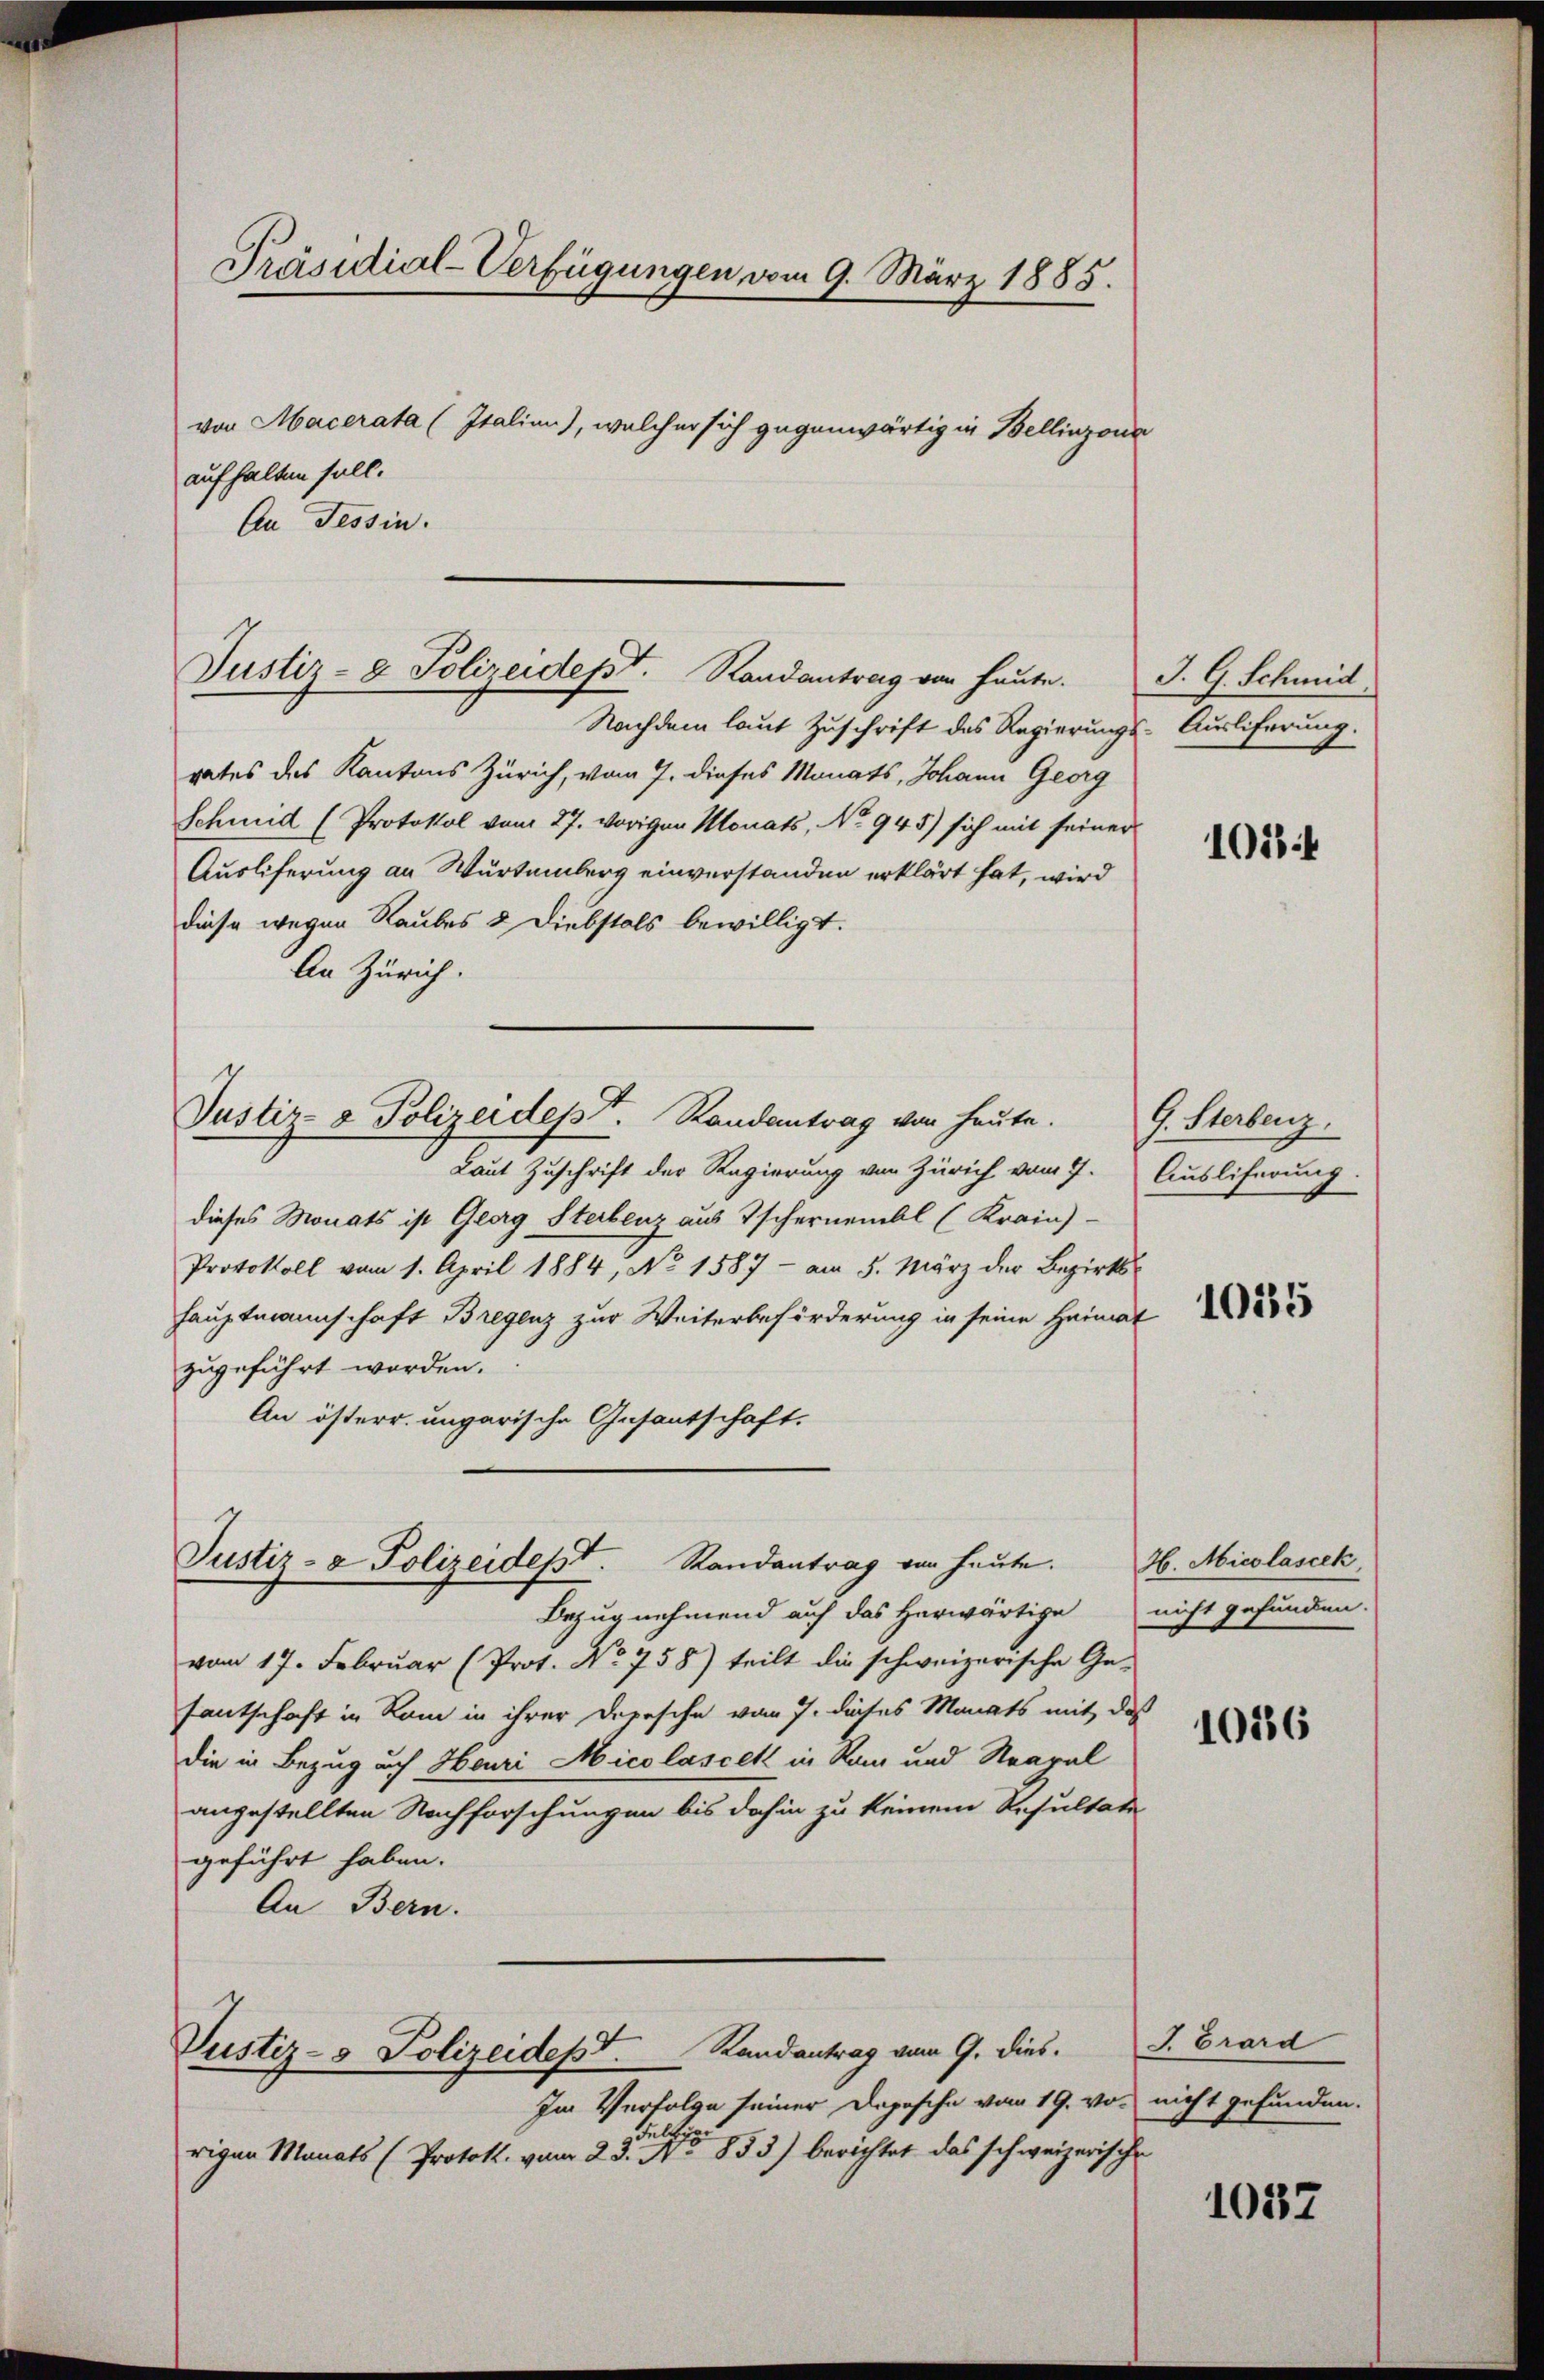
An Tessin.

Präsidial-Verfügungen vom 9. März 1885.
von Macerata (Italien), welcher sich gegenwärtig in Bellinzona
aufhalten soll.

Justiz- & Polizeidept. Randantrag von heute.

Justiz- & Polizeidept. Randantrag von heute.

Nachdem laut Zuschrift des Regierungs-Auslieferung.
rates des Kantons Zürich, vom 7. dieses Monats, Johann Georg
Schmid (Protokol vom 27. vorigen Monats, No 945) sich mit seiner
Ausliferung an Wurtemberg einverstanden erklärt hat, wird
diese wegen Raubes & Diebstals bewilligt.
An Zürich.
Laut Zuschrift der Regierung von Zürich vom 7. Ausliferung.
dieses Monats ist Georg Sterbenz aus Tschernembl (Krain)-
Protokoll vom 1. April 1884, No 1587 - am 5. März der Bezirkshauptmannschaft Bregenz zur Weiterbeförderung in seine Heimat
zugeführt worden.
An österr. ungarische Gesantschaft,
Justiz- & Polizeidept. Randantrag von heute. H. Micolascik
Bezug nehmend auf das herwärtige nicht gefunden.
vom 17. Februar (Prot. No 758) teilt die schweizerische Ge-
fantschaft in Rom in ihrer Depesche vom 7. dieses Monats mit des
die in Bezug auf Heuri Micolascek in Ram und Strapal
angestellten Nachforschungen bis dahin zu keinem Resultate
geführt haben.
An Bern.

Justiz- & Polizeidept. Randantrag vom 9. dies.

Im Verfolge seiner Depesche vom 19. von nicht gefunden.
rigen Manats (Protok. vom 23sten No 853) berichtet das schweizerische

J. G. Schmid.

102 f

G. Sterbenz.

1035

1086

J. Grard

1037